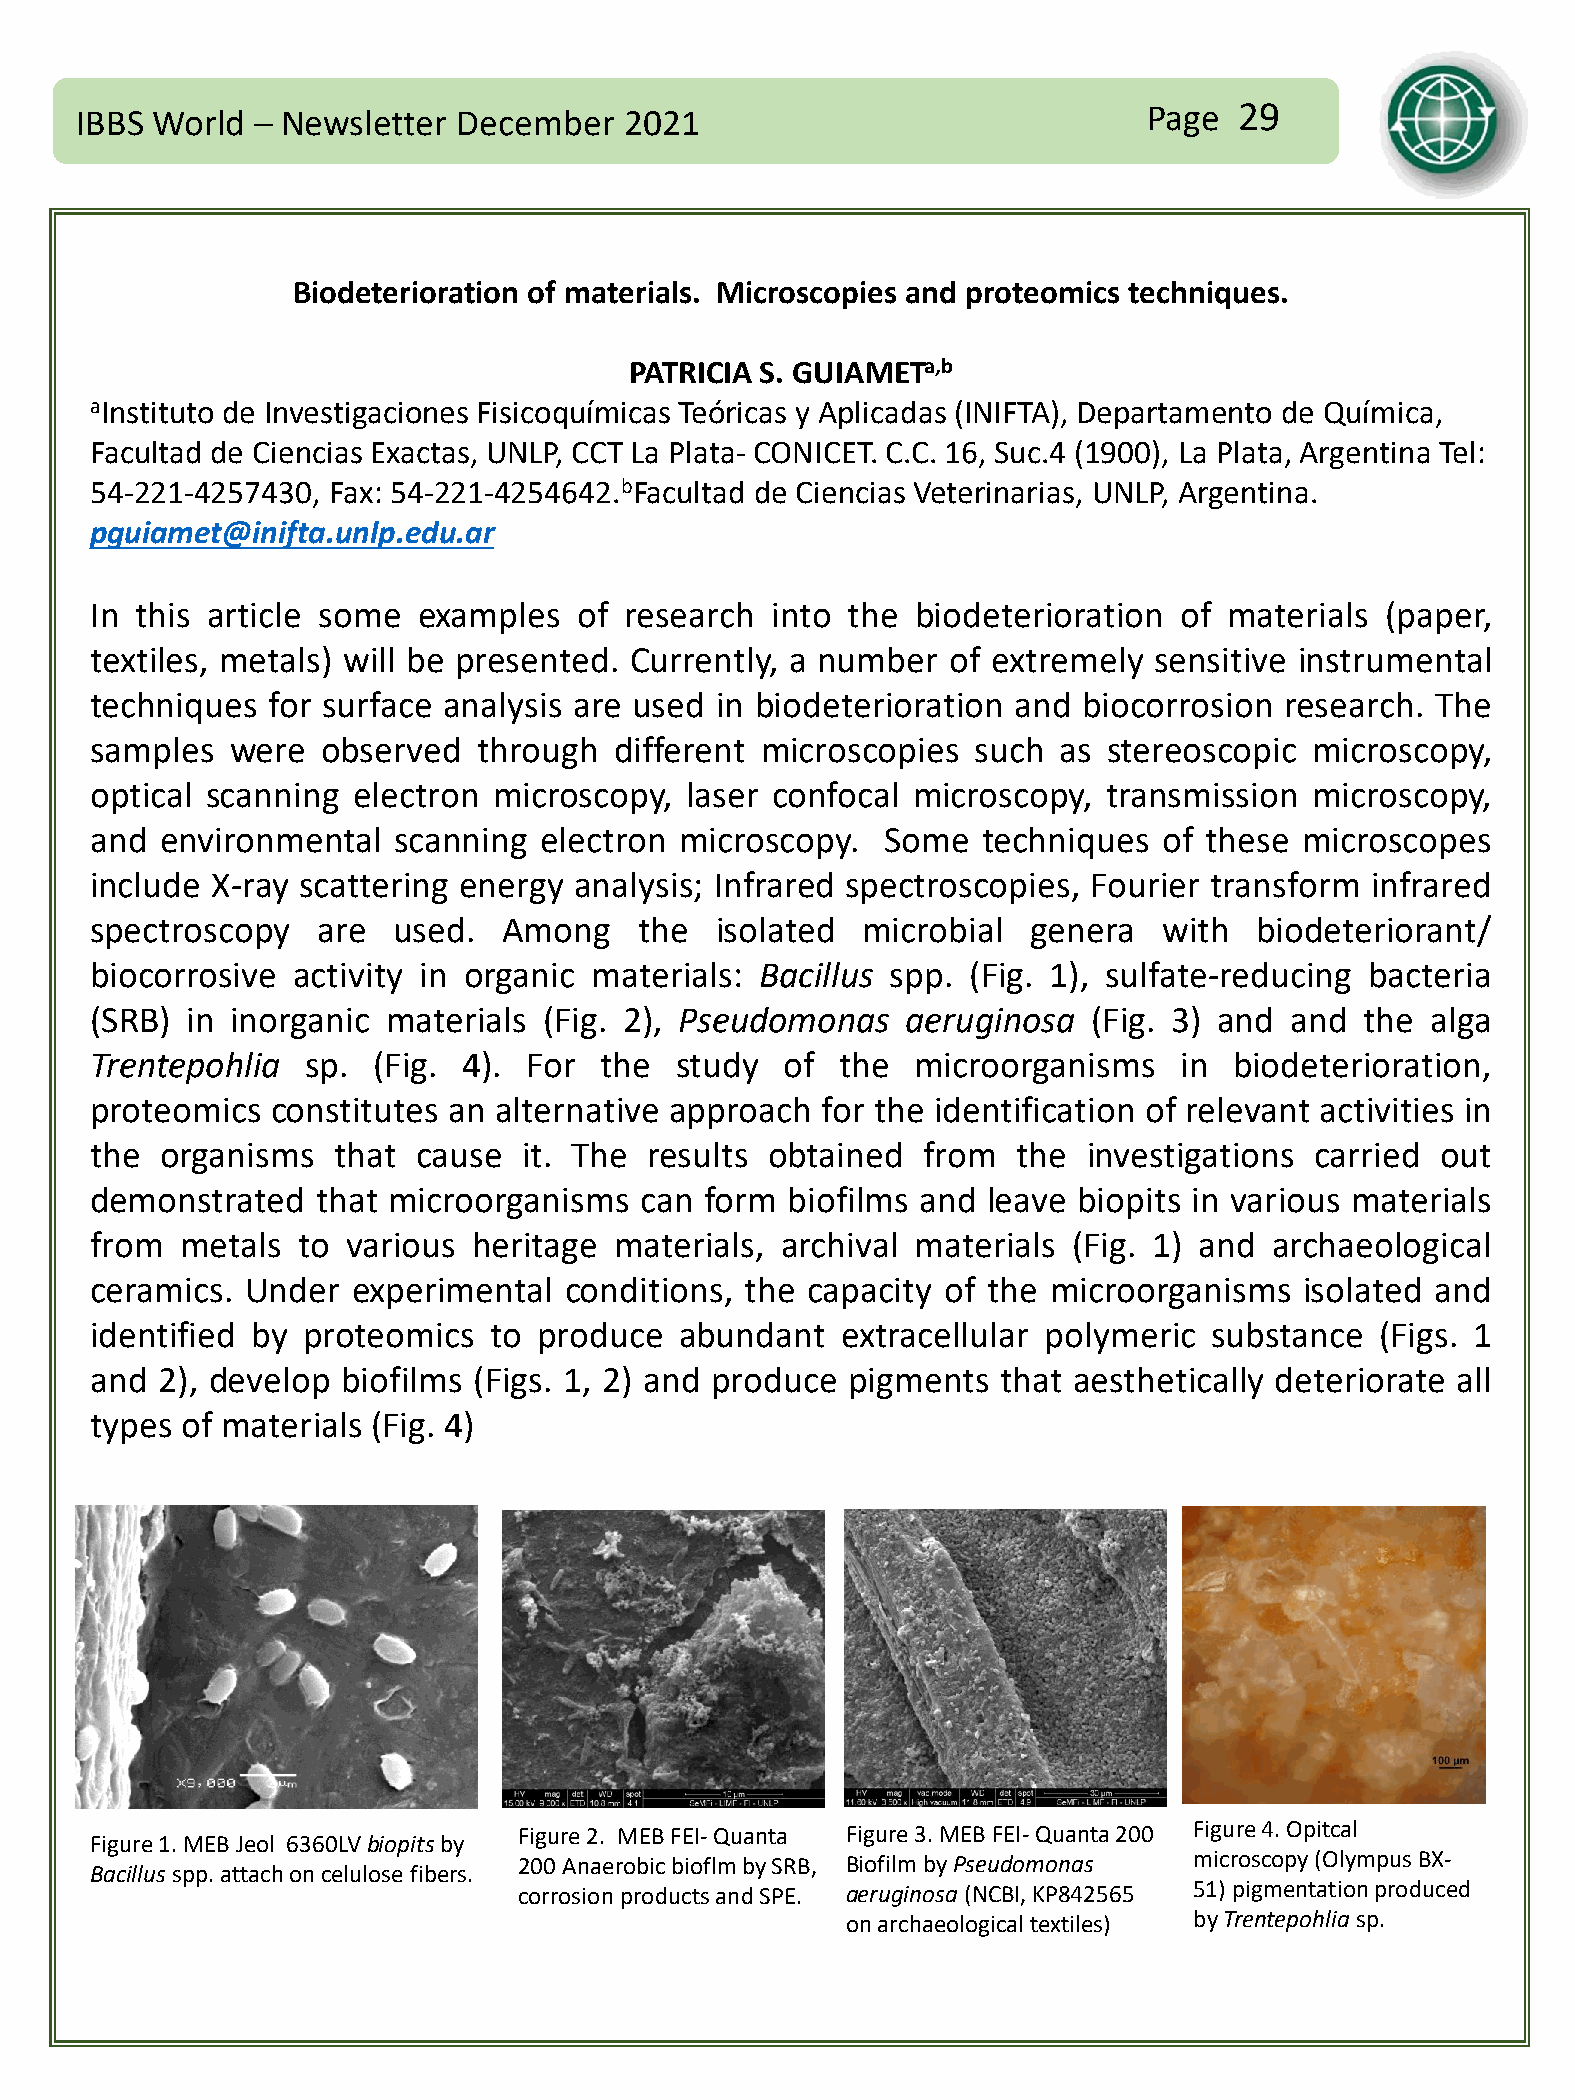
IBBS World  – Newsletter December   2021                               Page  29
 Biodeterioration of materials. Microscopies and proteomics techniques.
 PATRICIA S. GUIAMETa,b
 aInstituto de Investigaciones Fisicoquímicas Teóricas y Aplicadas (INIFTA), Departamento de Química,
 Facultad de Ciencias Exactas, UNLP, CCT La Plata- CONICET. C.C. 16, Suc.4 (1900), La Plata, Argentina Tel:
 54-221-4257430, Fax: 54-221-4254642.bFacultad de Ciencias Veterinarias, UNLP, Argentina.
 pguiamet@inifta.unlp.edu.ar
 In this article some  examples  of research  into the  biodeterioration of materials  (paper,
 textiles, metals) will be presented. Currently, a number of extremely sensitive instrumental
 techniques  for surface analysis are used in biodeterioration and biocorrosion research. The
 samples  were  observed   through  different microscopies  such as stereoscopic  microscopy,
 optical scanning electron  microscopy, laser confocal microscopy,  transmission  microscopy,
 and  environmental  scanning  electron microscopy.   Some  techniques  of these microscopes
 include X-ray scattering energy analysis; Infrared spectroscopies, Fourier transform infrared
 spectroscopy   are  used.  Among    the  isolated  microbial  genera   with  biodeteriorant/
 biocorrosive activity in organic materials: Bacillus spp. (Fig. 1), sulfate-reducing bacteria
 (SRB) in inorganic  materials (Fig. 2), Pseudomonas   aeruginosa  (Fig. 3) and and  the  alga
 Trentepohlia  sp.  (Fig. 4). For  the  study  of  the  microorganisms   in  biodeterioration,
 proteomics  constitutes an alternative approach for the identification of relevant activities in
 the  organisms  that  cause  it. The results obtained  from  the  investigations carried out
 demonstrated   that microorganisms  can  form biofilms and leave biopits in various materials
 from  metals  to various heritage  materials, archival materials (Fig. 1) and archaeological
 ceramics. Under  experimental  conditions, the capacity of the  microorganisms  isolated and
 identified by proteomics  to  produce  abundant   extracellular polymeric substance  (Figs. 1
 and 2), develop  biofilms (Figs. 1, 2) and produce pigments that aesthetically deteriorate all
 types of materials (Fig. 4)
 Figure 2. MEB FEI-Quanta Figure 3. MEB FEI-Quanta 200 Figure 4. Opitcal
 Figure 1. MEB Jeol 6360LV biopitsby
 200 Anaerobic bioflm by SRB, Biofilm by Pseudomonas microscopy (Olympus BX-
 Bacillus spp. attach on celulose fibers.
 corrosion products and SPE. aeruginosa(NCBI, KP842565 51) pigmentation produced
 on archaeological textiles) by Trentepohlia sp.